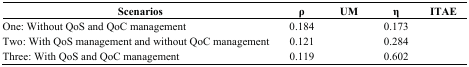
<table><thead><tr><td><b>Scenarios</b></td><td><b>ρ</b></td><td><b>UM</b></td><td><b>η</b></td><td><b>ITAE</b></td></tr></thead><tbody><tr><td>One: Without QoS and QoC management</td><td>0.184</td><td>[EMPTY_CELL]</td><td>0.173</td><td>[EMPTY_CELL]</td></tr><tr><td>Two: With QoS management and without QoC management</td><td>0.121</td><td>[EMPTY_CELL]</td><td>0.284</td><td>[EMPTY_CELL]</td></tr><tr><td>Three: With QoS and QoC management</td><td>0.119</td><td>[EMPTY_CELL]</td><td>0.602</td><td>[EMPTY_CELL]</td></tr></tbody></table>